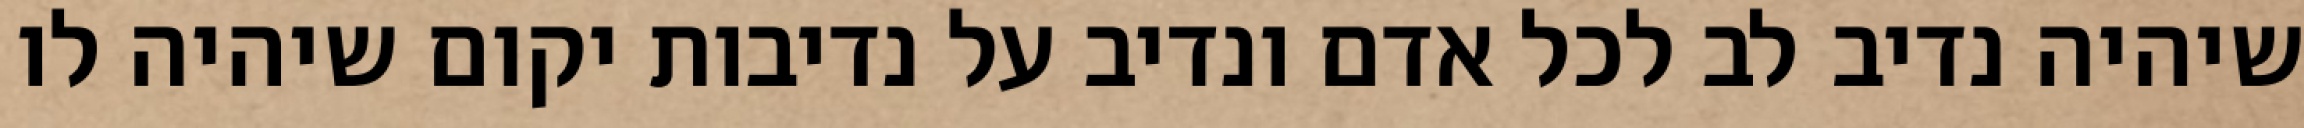
שיהיה נדיב לב לכל אדם ונדיב על נדיבות יקום שיהיה לו